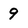
Character: 9